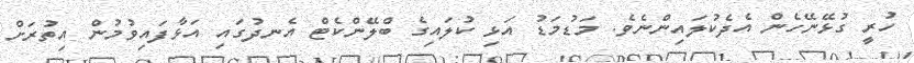
ހުރީ ގުޅޭނޭހެން އެދެކުލައިންނެވެ. މަޑުމަޑު އަޅި ކުލައިގެ ބްލޭންކެޓް އެނދުގައި އަޅާފައިވުމުން އިތުރަށް